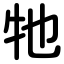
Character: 牠